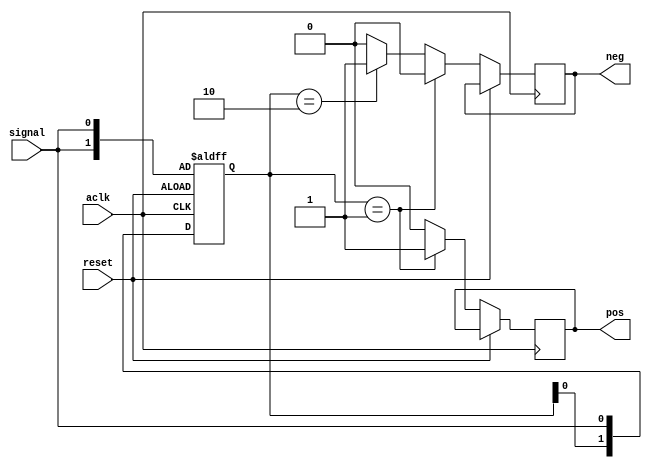
`timescale 1ns / 1ps

module edge_detect(
    input wire aclk,
    input wire reset,
    input wire signal,
    output reg pos,
    output reg neg
    );
    
    reg [1:0] shift = 2'b00;
    always @(posedge aclk or posedge reset) 
    begin
        if(reset) 
        begin
            shift <= { signal, signal };
        end else begin 
            shift <= { shift, signal };
            if(shift == 2'b01) 
            begin
                pos <= 1'b1;
                neg <= 1'b0;
            end else if(shift == 2'b10) 
            begin
                pos <= 1'b0;
                neg <= 1'b1;
            end else begin
                pos <= 1'b0;
                neg <= 1'b0;
            end
        end
    end
endmodule
            

// Debounce an input by requiring the set ratio of samples to be equal to the new state
// within a specified number of clock ticks.
module debounce 
    #(
    parameter CYCLES = 160_000    // 10ms
    ) 
    (
    input wire aclk,    // System clock
    input wire reset,   // Master reset
    input wire in,      // Signal to be debounced
    output reg out      // Debounced signal
    );
    
    wire pos;
    wire neg;
    edge_detect edge_detect(
        .aclk(aclk),
        .reset(reset),
        .signal(in),
        .pos(pos),
        .neg(neg)); 
    
    reg [0:$clog2(CYCLES + 1) - 1] counter = 0;
      
    // Look for a state that lasts for at least CYCLES cycles. 
    always @(posedge aclk or posedge reset) 
    begin
        if(reset) 
        begin
            out <= in;
            counter <= CYCLES;
        end else begin
            // Switch changed, reset counter
            if(pos | neg)
            begin
                counter <= CYCLES;
            end else begin
                counter <= counter - 1;
                if(counter == 0) 
                begin
                    // We found a stable state
                    out <= in;
                    counter <= CYCLES;
                end
            end
    end
   end
endmodule